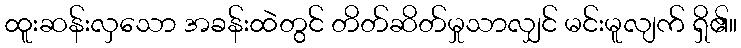
ထူးဆန်းလှသော အခန်းထဲတွင် တိတ်ဆိတ်မှုသာလျှင် မင်းမူလျက် ရှိ၏။